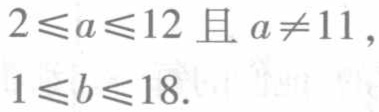
$2\leqslant a\leqslant 12 \text{ 且 } a\neq 11, \\
1\leqslant b\leqslant 18.$